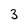
Character: 3